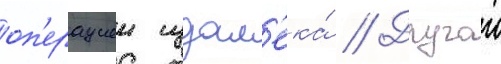
оп'ерациеи издал'ека́ // Другои